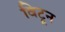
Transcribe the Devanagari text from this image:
विटून